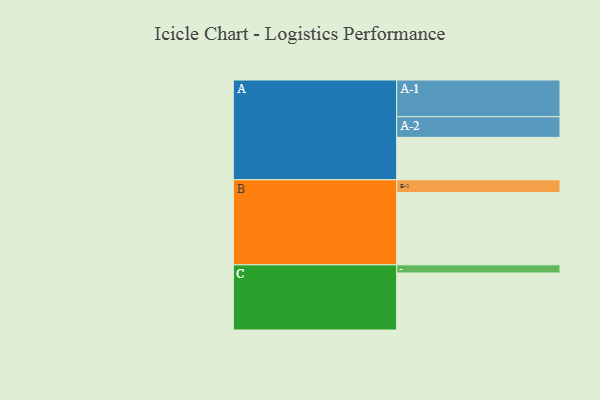
{"axis": {"x": "Segment", "y": "Value"}, "legend": ["", "A", "B", "C"], "data": [{"x": "A", "y": 343, "type": ""}, {"x": "B", "y": 585, "type": ""}, {"x": "C", "y": 461, "type": ""}, {"x": "A-1", "y": 297, "type": "A"}, {"x": "A-2", "y": 167, "type": "A"}, {"x": "B-1", "y": 103, "type": "B"}, {"x": "C-1", "y": 66, "type": "C"}]}